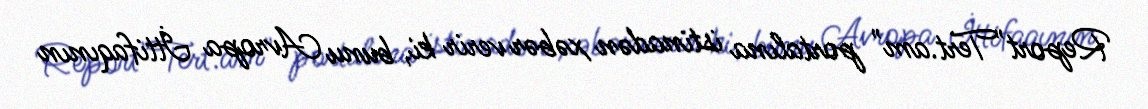
Report"Tert.am" portalına istinadən xəbər verir ki, bunu Avropa İttifaqının